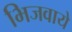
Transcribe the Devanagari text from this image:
भिजवाये